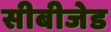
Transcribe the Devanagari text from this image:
सीबीजेड